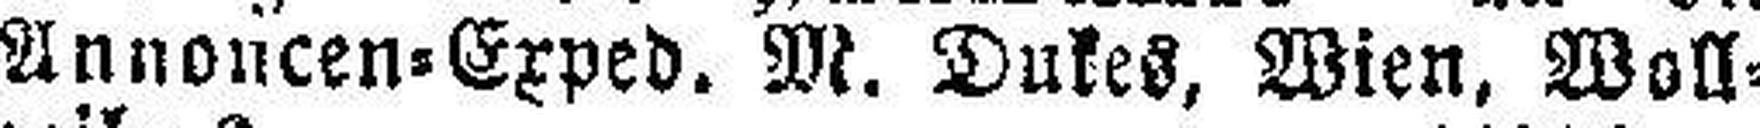
Annoncen=Exped. M. Dukes, Wien, Woll¬